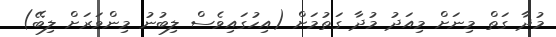
މުދާ ގަތް މިނަށް މިއަދު މުދާ ގަތުމަށް (އިހުގައިވެސް ލިބުނު މިންވަރަށް ލިބޭ)